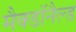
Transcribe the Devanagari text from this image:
मैक्डॉनैल्ड